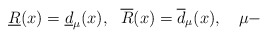
\begin{align*}\underline{R}(x)=\underline{d}_\mu(x),\ \ \overline{R}(x)=\overline{d}_\mu(x), \ \ \ \mu-\end{align*}